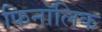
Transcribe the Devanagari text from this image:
फिनॉलिक